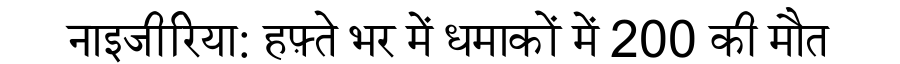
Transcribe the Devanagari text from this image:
नाइजीरिया: हफ़्ते भर में धमाकों में 200 की मौत